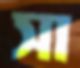
সা